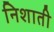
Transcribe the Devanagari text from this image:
निशाती